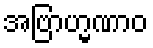
အဗြာဟ္မဏာဝ